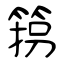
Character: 箉